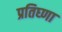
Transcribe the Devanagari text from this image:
प्रतिघ्णा